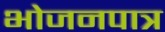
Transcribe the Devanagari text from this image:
भोजनपात्र